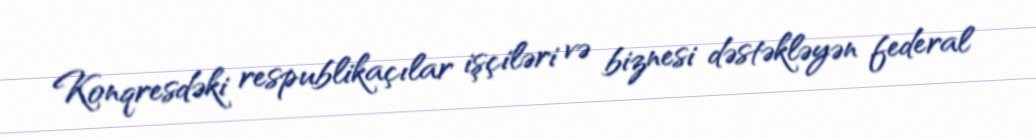
Konqresdəki respublikaçılar işçiləri və biznesi dəstəkləyən federal